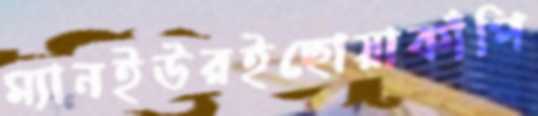
ম্যানইউরইছোয়াকাঁপি